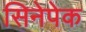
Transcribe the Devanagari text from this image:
सिनेपेक